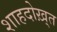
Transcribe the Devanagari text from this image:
शाहदोख़्त